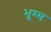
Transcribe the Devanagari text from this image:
भुम्म